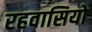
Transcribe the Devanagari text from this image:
रहवासियो